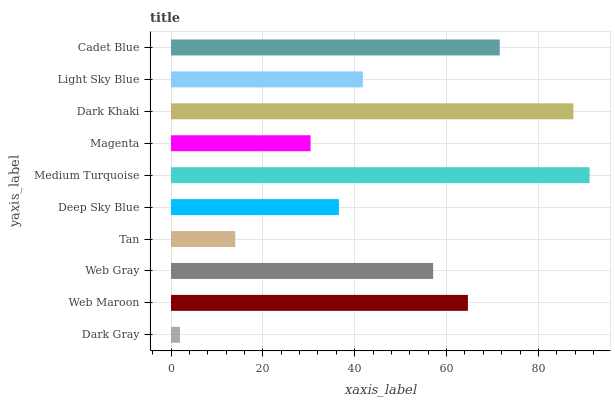
| yaxis_label | bars |
 | --- | --- |
 | Dark Gray | 1.95 |
 | Web Maroon | 64.6 |
 | Web Gray | 57.1 |
 | Tan | 14 |
 | Deep Sky Blue | 36.6 |
 | Medium Turquoise | 91.1 |
 | Magenta | 30.4 |
 | Dark Khaki | 87.6 |
 | Light Sky Blue | 41.8 |
 | Cadet Blue | 71.6 |